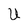
Character: U